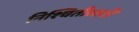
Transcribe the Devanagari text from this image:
निश्चितीसाठी